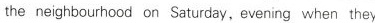
the neighbourhood on Saturday,evening when they